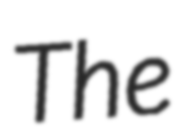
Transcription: The